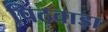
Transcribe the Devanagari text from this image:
पिठवाड़ा